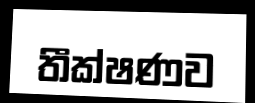
තීක්ෂණව